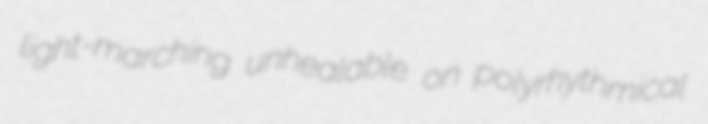
light-marching unhealable on polyrhythmical